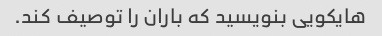
هایکویی بنویسید که باران را توصیف کند.